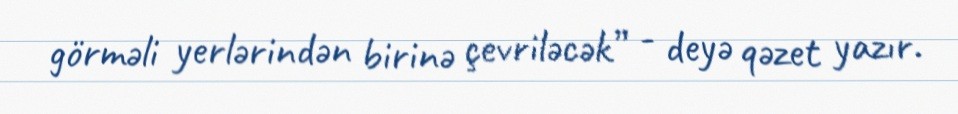
görməli yerlərindən birinə çevriləcək” - deyə qəzet yazır.